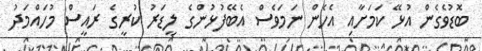
ބޮޑުވެގެން އުޅޭ ކަމަށާއި އެހެން ނަމަވެސް އެބޭފުޅުންގެ ލީޑަރު ކުރީގެ ރައީސް މުހައްމަދު